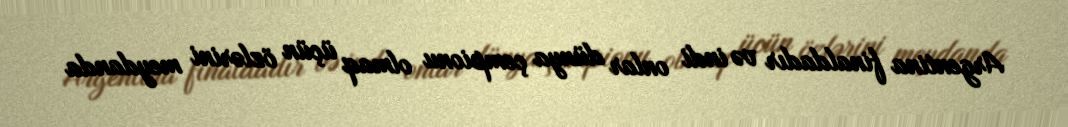
Argentina finaldadır və indi onlar dünya çempionu olmaq üçün özlərini meydanda